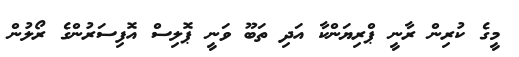
މީގެ ކުރިން ރާނީ ޕްރިޔަންކާ އަދި ތަބޫ ވަނީ ޕޮލިސް އޮފިސަރުންގެ ރޯލުން